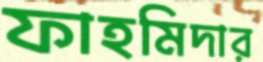
ফাহমিদার